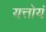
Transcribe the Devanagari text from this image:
यत्तोयं